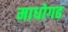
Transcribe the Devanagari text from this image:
माधोगढ